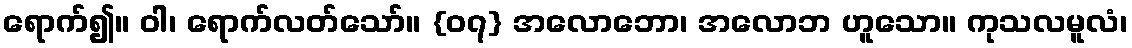
ရောက်၍။ ဝါ၊ ရောက်လတ်သော်။ {၀၇} အလောဘော၊ အလောဘ ဟူသော။ ကုသလမူလံ၊